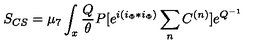
S _ { C S } = \mu _ { 7 } \int _ { x } { \frac { Q } { \theta } } P [ e ^ { i ( i _ { \Phi } * i _ { \Phi } ) } \sum _ { n } C ^ { ( n ) } ] e ^ { Q ^ { - 1 } }